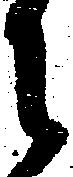
御